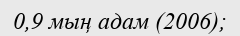
0,9 мың адам (2006);